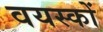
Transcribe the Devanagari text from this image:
वयस्‍कों